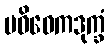
ပဝိဝေကဒုက္ခံ